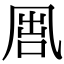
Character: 𠙕